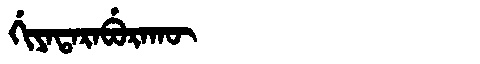
Manchu: ᡤᡳᠶᠠᡨᠠᡵᠠᠪᡠᡵᠠᡴᡡ
Romanization: GIYATARABURAKŪ